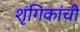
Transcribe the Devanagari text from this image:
शृंगिकांची